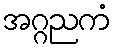
အဂ္ဂညကံ